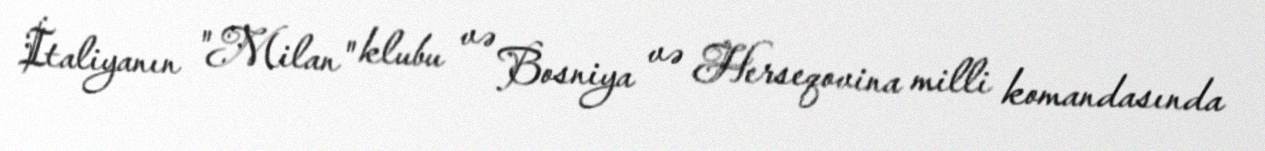
İtaliyanın "Milan" klubu və Bosniya və Herseqovina milli komandasında